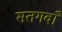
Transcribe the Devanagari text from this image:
सतगवाँ